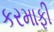
કરમાફી